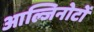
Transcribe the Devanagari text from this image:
आल्जिनोटों